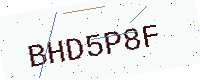
Text: BHD5P8F